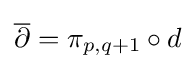
{\overline {\partial }}=\pi _{p,q+1}\circ d